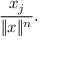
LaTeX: { \frac { x _ { j } } { \| x \| ^ { n } } } .